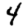
Digit: 4